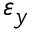
\varepsilon _ { y }